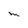
Character: M